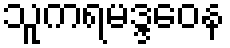
သူကရမဒ္ဒဝေန